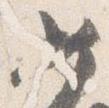
女